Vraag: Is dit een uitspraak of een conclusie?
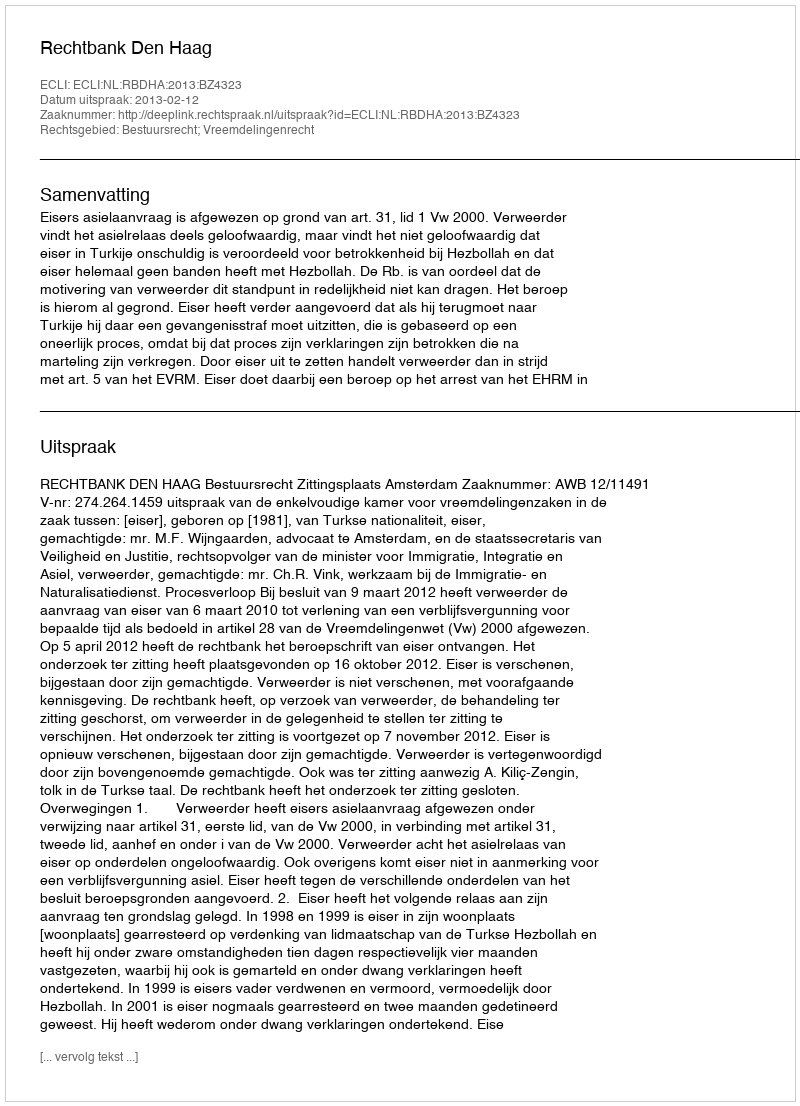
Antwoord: Uitspraak